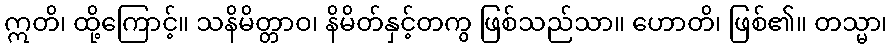
ဣတိ၊ ထို့ကြောင့်။ သနိမိတ္တာဝ၊ နိမိတ်နှင့်တကွ ဖြစ်သည်သာ။ ဟောတိ၊ ဖြစ်၏။ တသ္မာ၊